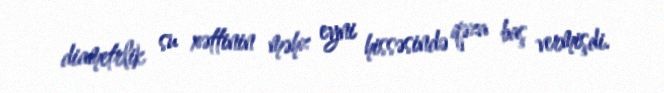
diametrlik su xəttinin məhz eyni hissəsində qəza baş vermişdi.